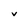
Character: V